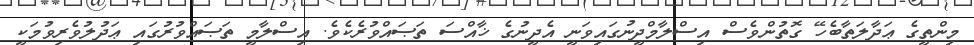
މިންތީގެ ޢަދާލަތާބެހޭ ގޮތުންވެސް އިސްލާމްދީނުގައިވަނީ އެދީނުގެ ޚާއްސަ ތަޞައްވުރެކެވެ. އިސްލާމީ ތަޞައްވުރުގައި ޢަދުލުވެރިވުމަކީ